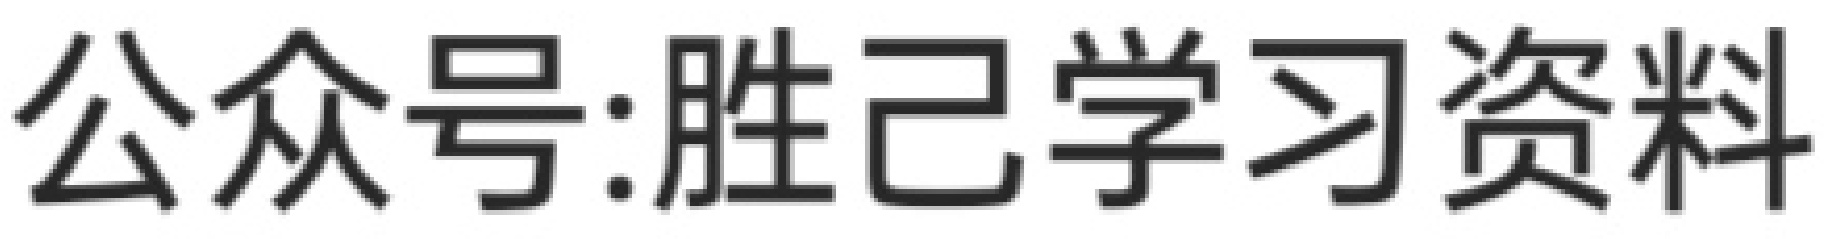
公众号:胜己学习资料